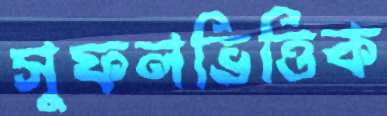
সুফলভিত্তিক